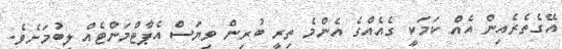
އޭގެތެރެއިން އެއް ކަމަކީ ގެއެއްގެ އެންމެ ތިރީ ބުރިން ވިޔަސް އެޕާޓްމަންޓެއް ލިބުމަށެވެ.